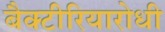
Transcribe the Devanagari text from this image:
बैक्टीरियारोधी